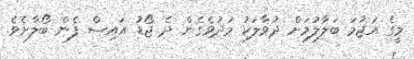
މީގެ އަޖުމަ ބަލާލުމަށް ދުވާލަކު މަދުވެގެން ދެ ޖޯޑު އައިސް ފެން ބޯލާށެވެ.